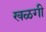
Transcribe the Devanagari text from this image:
खळगी